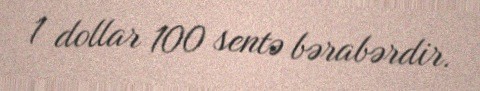
1 dollar 100 sentə bərabərdir.